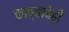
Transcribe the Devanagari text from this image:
काव्याचेही